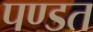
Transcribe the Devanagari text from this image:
पण्डत